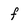
Character: f